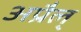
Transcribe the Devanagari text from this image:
अप्रैल्